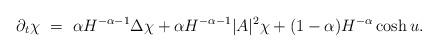
LaTeX: \begin{align*} \partial_t\chi~=~\alpha H^{-\alpha-1}\Delta\chi+\alpha H^{-\alpha-1}|A|^2\chi+(1-\alpha)H^{-\alpha}\cosh u. \end{align*}